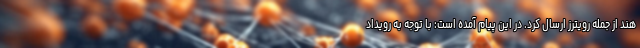
هند از جمله رویترز ارسال کرد. در این پیام آمده است: با توجه به رویداد